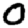
Digit: 0